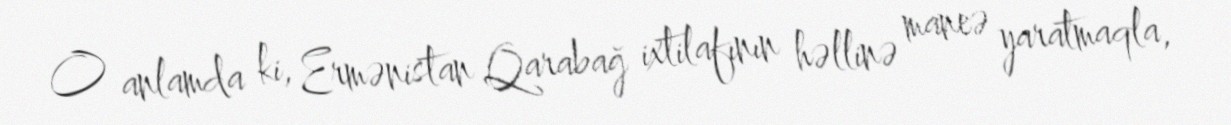
O anlamda ki, Ermənistan Qarabağ ixtilafının həllinə maneə yaratmaqla,